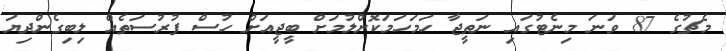
މެޗުގެ 87 ވަނަ މިނެޓުގައި ނަތީޖާ ހަމަހަމަކޮށްލުމަށް ބީޖީއަށް ހުސް ފުރުސަތެއް ލިބިގެންދިޔަ